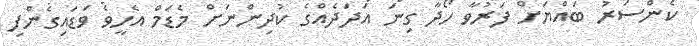
ކެންސަރު ބައްޔަށް ފަރުވާ ހޯދާ ގިނަ އަދަދެއްގެ ކުދިންނަށް މެޑަމް އެހީވެ ވަޑައިގެންފި